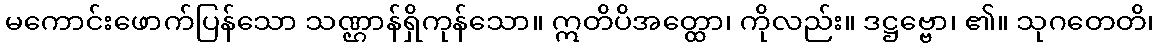
မကောင်းဖောက်ပြန်သော သဏ္ဌာန်ရှိကုန်သော။ ဣတိပိအတ္ထော၊ ကိုလည်း။ ဒဋ္ဌဗ္ဗော၊ ၏။ သုဂတေတိ၊